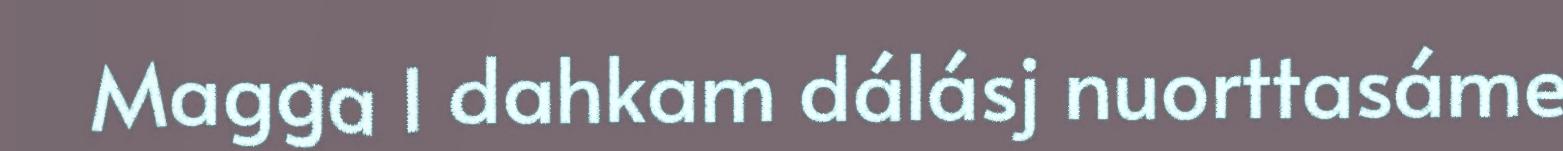
Magga l dahkam dálásj nuorttasáme